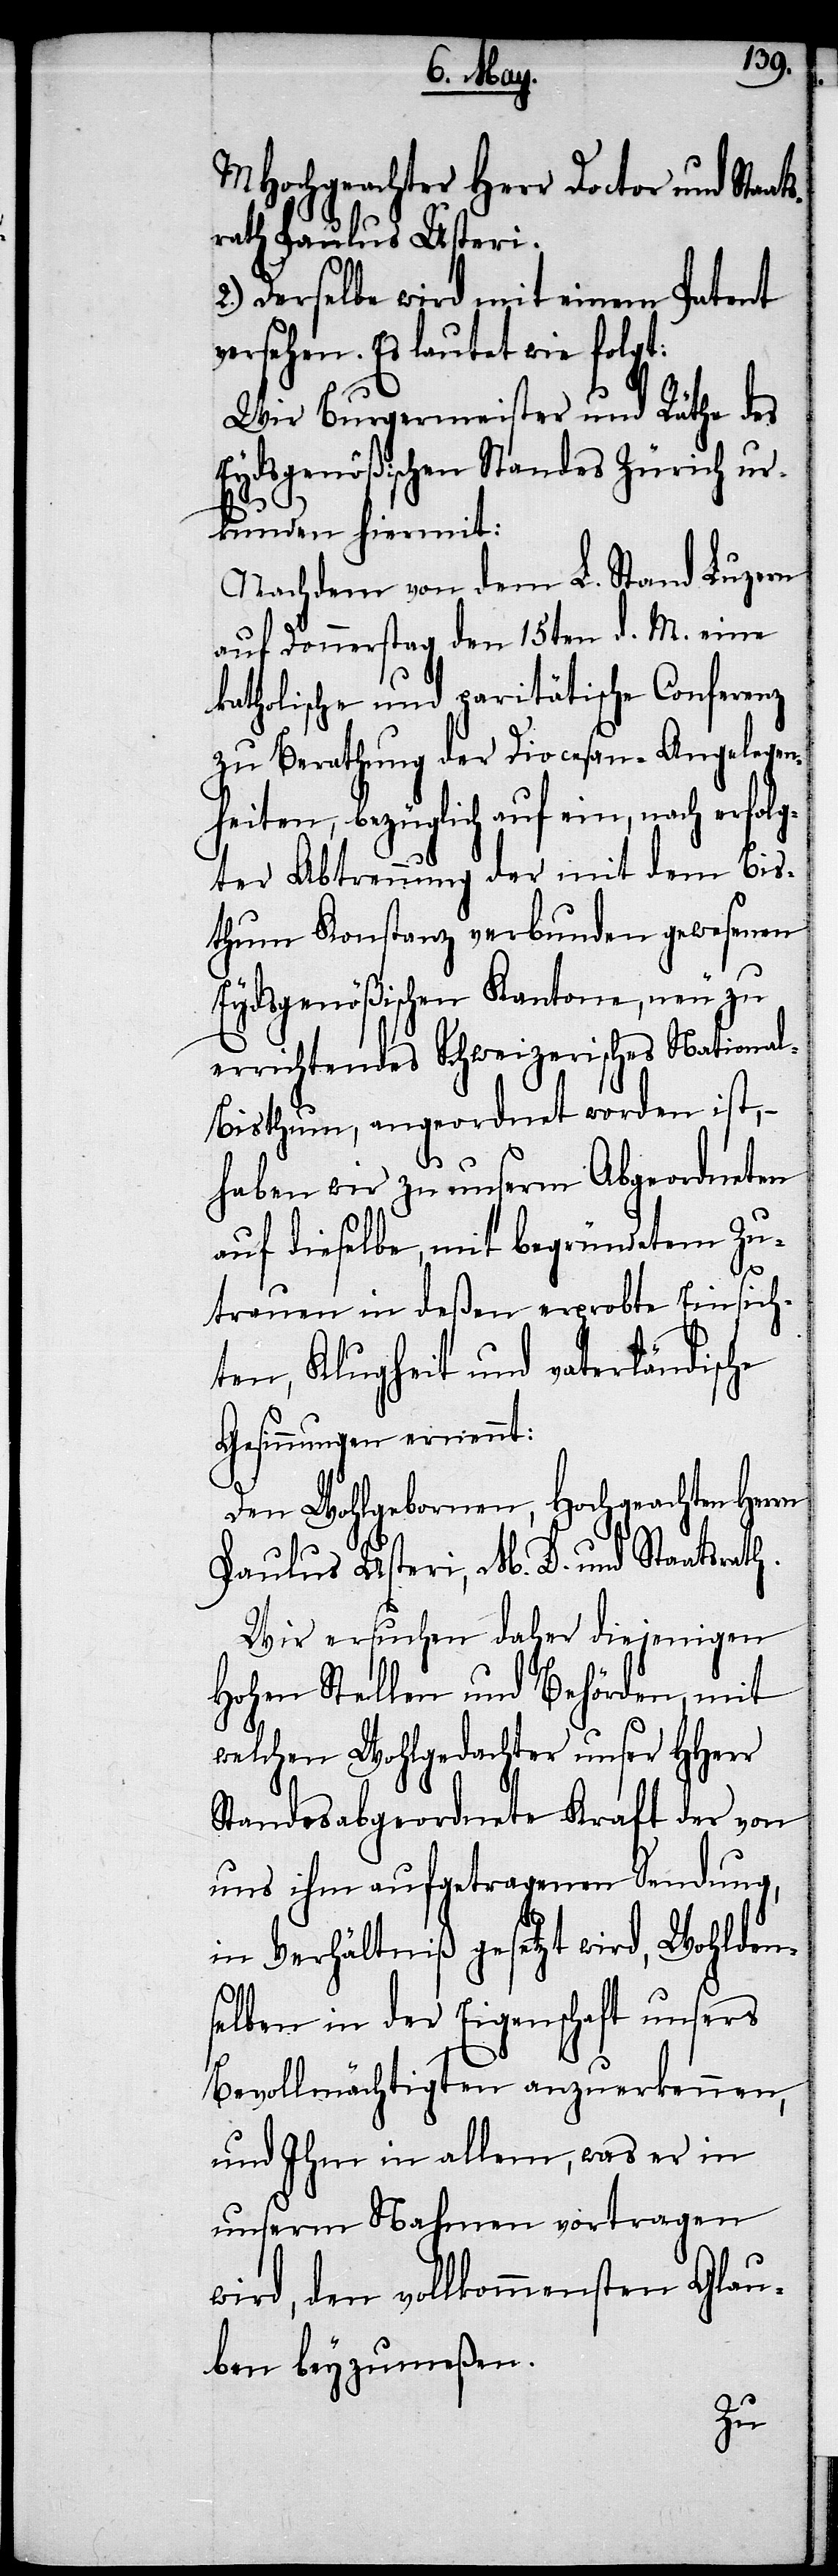
MHochgeachter Herr Doctor und Staat¬
srath Paulus Usteri.
Derselbe wird mit einem Patent
versehen. Es lautet wie folgt:
Wir Burgermeister und Räthe des
Eydsgenößischen Standes Zürich ur¬
kunden hiermit:
Nachdem von dem L. Stand Luzern
auf Donnerstag den 15ten d. M. eine
katholische und paritätische Conferenz
zu Berathung der Diocesan-Angelegen¬
heiten, bezüglich auf ein, nach er¬
ter Abtrennung der mit dem Bis¬
thum Konstanz verbunden gewesenen
Eydsgenößischen Kantone, neu zu
errichtendes Schweizerisches Nationa¬
l-Bisthum, angeordnet worden ist, –
haben wir zu unserm Abgeordneten
auf dieselbe, mit begründetem Zu¬
trauen in deßen erprobte Einsich¬
ten, Klugheit und vaterländische
Gesinnungen ernennt:
Den Wohlgebornen, Hochgeachten Herrn
Paulus Usteri, M. D. und Staatsrath.
Wir ersuchen daher diejenigen
Hohen Stellen und Behörden, mit
welchen Wohlgedachter unser HHerr
Standesabgeordnete Kraft der von
uns ihm aufgetragenen Sendung,
in Verhältniß gesetzt wird, Wohldens¬
elben in der Eigenschaft unsers
Bevollmächtigten anzuerkennen,
und Ihm in allem, was er in
unserm Nahmen vortragen
wird, den vollkommensten Glau¬
ben beyzumeßen.
folg¬